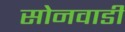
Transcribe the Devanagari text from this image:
सोनवाडी